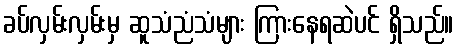
ခပ်လှမ်းလှမ်းမှ ဆူသံညံသံများ ကြားနေရဆဲပင် ရှိသည်။